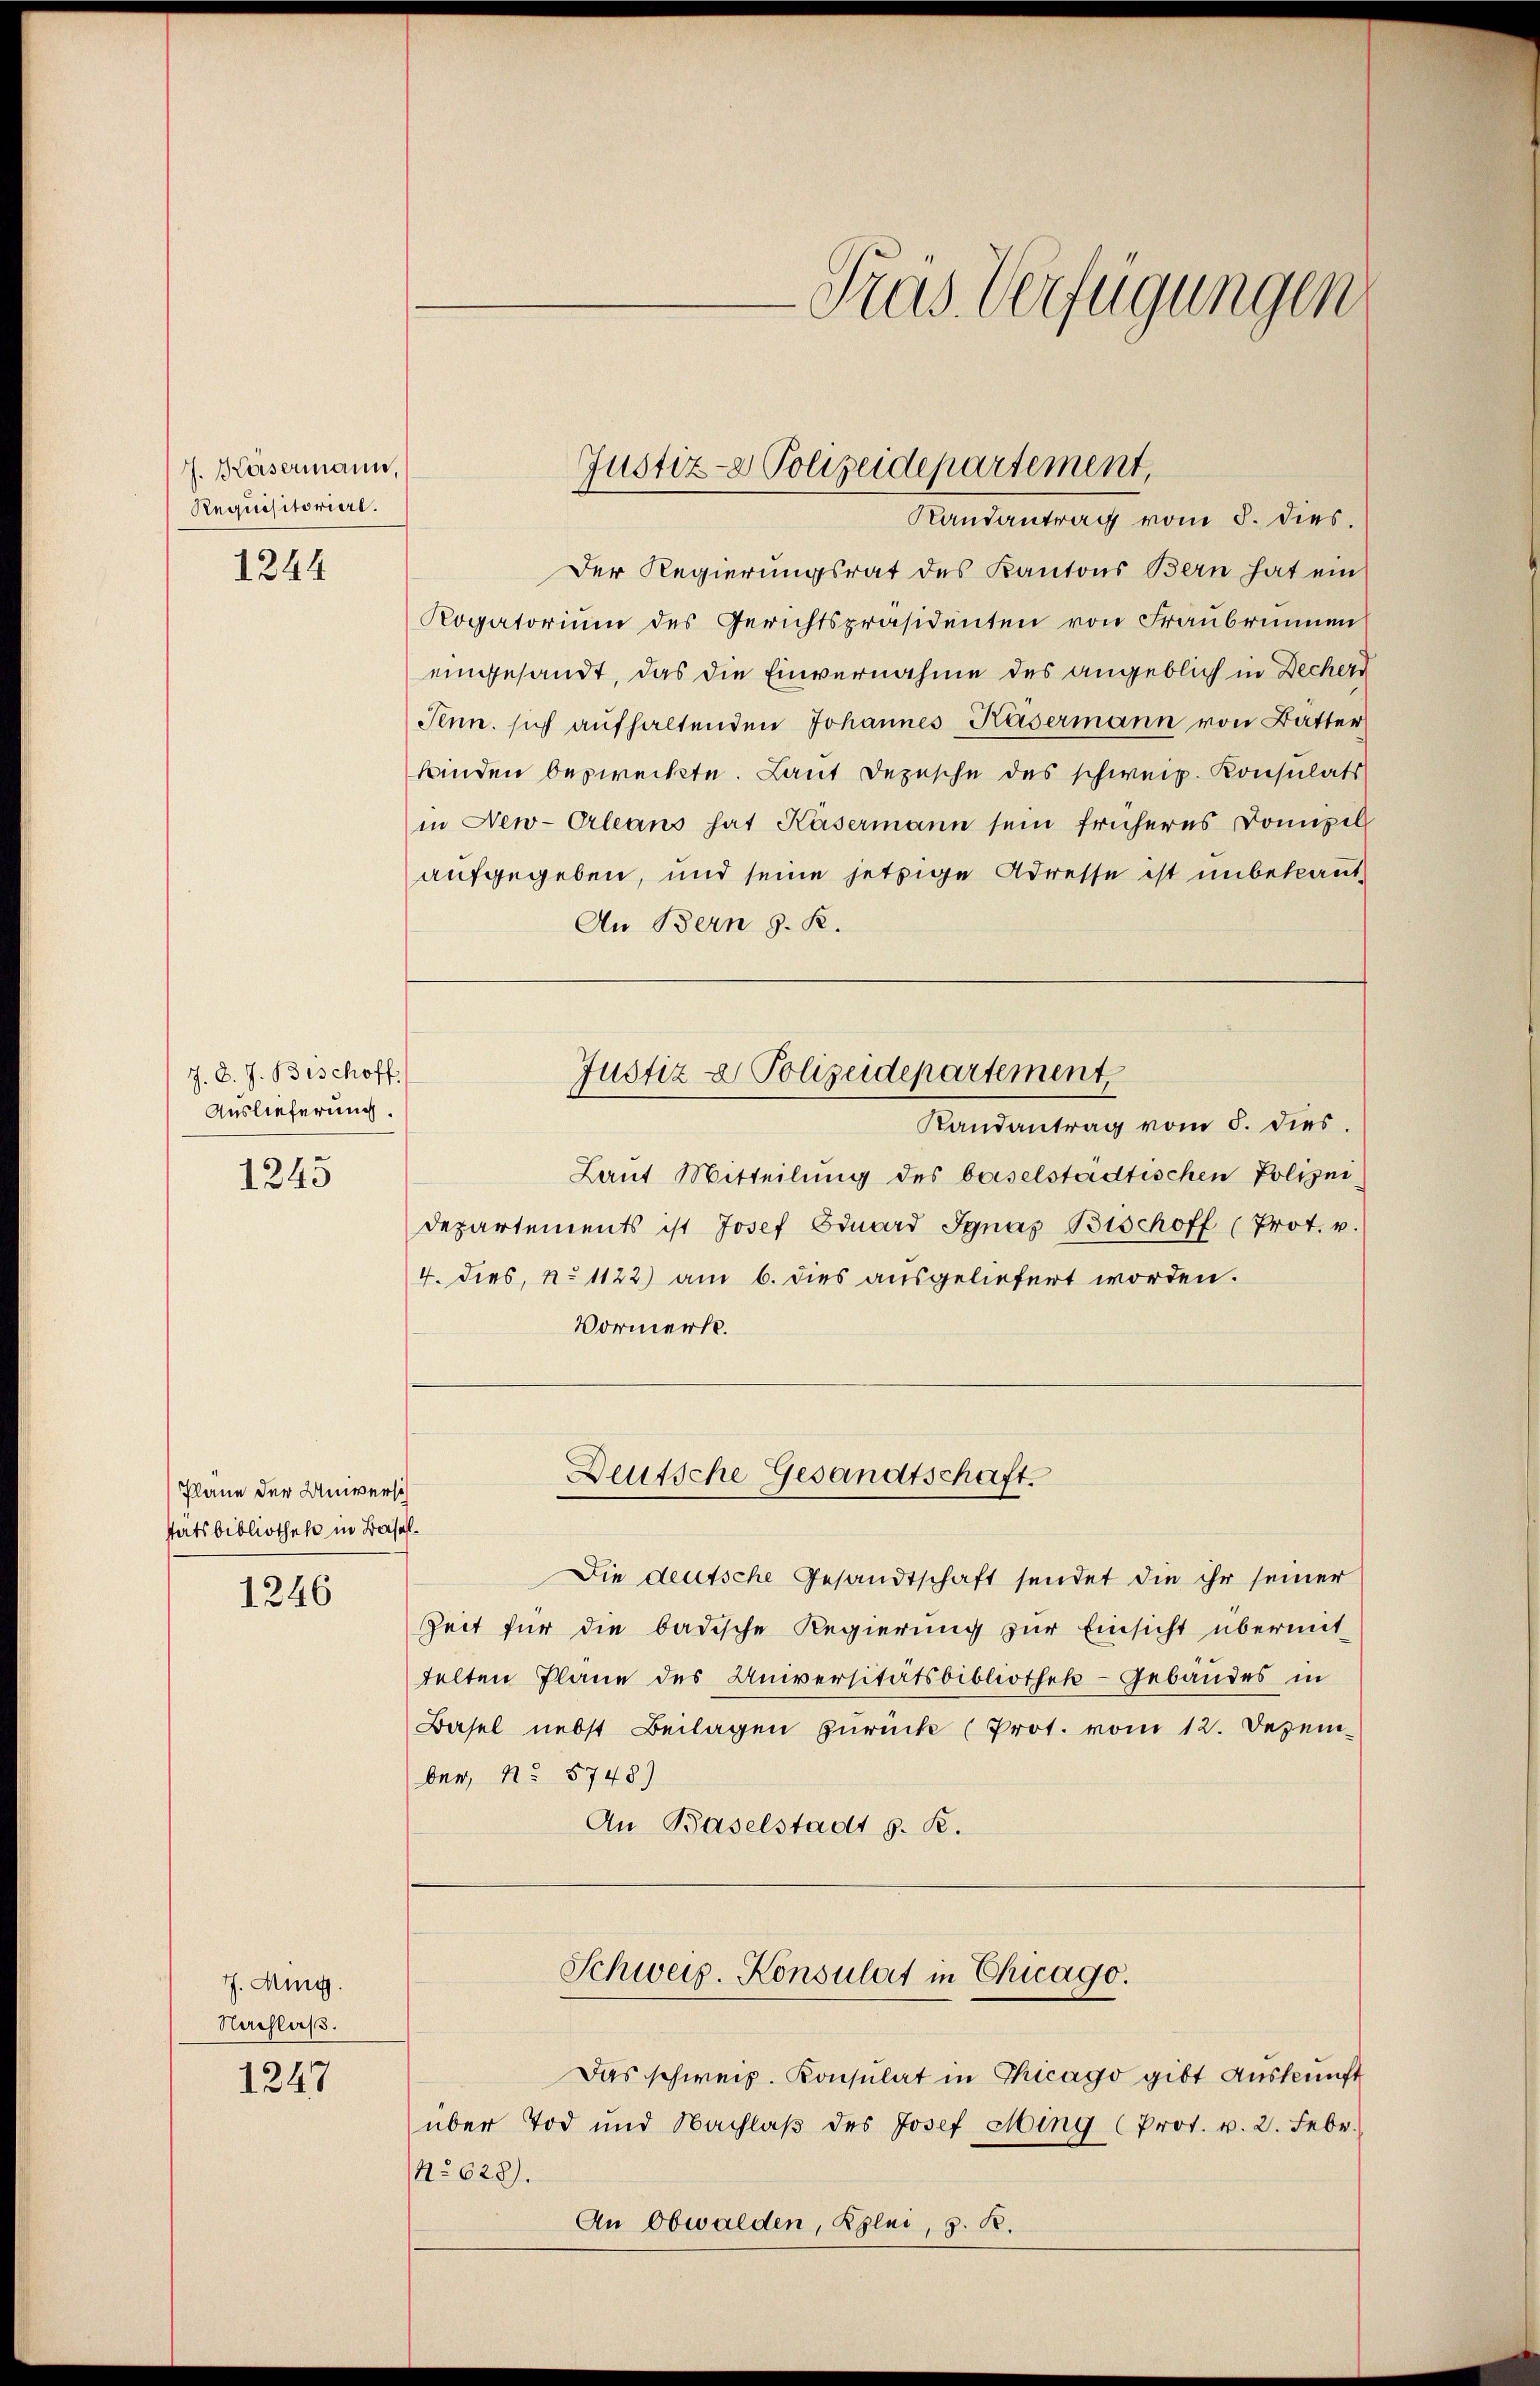
J. Kasermann,
Requisitorierl.

1244

J. J. J. Bischoff
Auslieferung.

1243

Plane der Universch
stätsbibliothek in Basel¬
1246

J. M.
Nachlaß.

1247

Der Regierungsrat des Kantons Bern hat ein
Rogatorium des Gerichtspräsidenten von Fraubrunnen
eingesandt, das die Einvernahme des angeblich in Dechers
Penn. sich aufhaltenden Johannes Kasermann von Batter
binden bestreckte. Laut Depesche des schweiz. Konsulats
in New-Orleans hat Kasermann sein früheres Domizil
aufgegeben, und seine jetzige Adresse ist unbekannt,
An Bern z. R.
Justiz & Polizeidepartement
Randantrag vom 5. dies
Laut Mitteilung des baselstadtischen Polizei,
departements ist Josef Eduard Ignaz Bischoff (Prot. v.
4. dies, No 1122) am 6. dies ausgeliefert worden.
Vormerk.

Pras Verfügungen

Justiz- & Polizeidepartement,
Randantrag vom 5. dies.

Deutsche Gesandtschaft.

Die deutsche Gesandtschaft sendet die ihr seiner
Zeit für die badische Regierung zur Einsicht übermit-
telten Plane des Universitätsbibliothek- Gebäudes in
Basel nebst Beilagen zurück (Prot. vom 12. Dezember, No 5748)
An Baselstadt S. R.
Schweiz. Konsulat in Chicago.
Das schweiz. Konsulat in Chicago gibt Auskunft
über Tod und Nachlaβ des Josef Ming (Prot. v. 2. Febr.
No 628).
An Obwalden, Klei, d. R.